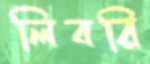
লিবরি